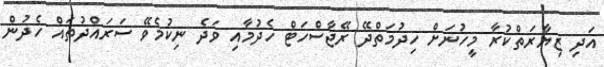
އަދި ޒިޔާރަތްކުރާ މީހުނަށް ހިދުމަތްދޭ ރޭޖާސްހަޓް ހެދުމާއި ވަދެ ނިކުމެވޭ ސަރައްދުތައް ހެދުން